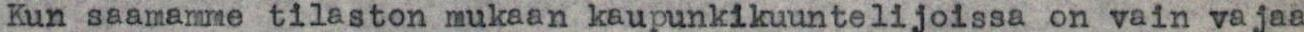
Kun saamamme tilaston mukaan kaupunkikuuntelijoissa on vain vajaa